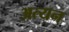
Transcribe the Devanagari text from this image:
अत्यन